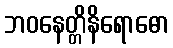
ဘဝနေတ္တိနိရောဓော